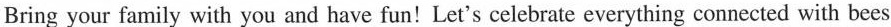
Bring your family with you and have fun!Let's celebrate everything connected with bees